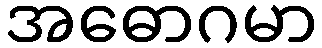
အဓောဂမာ